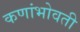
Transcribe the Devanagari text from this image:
कणांभोवती